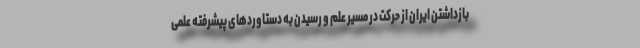
بازداشتن ایران از حرکت در مسیر علم و رسیدن به دستاوردهای پیشرفته علمی